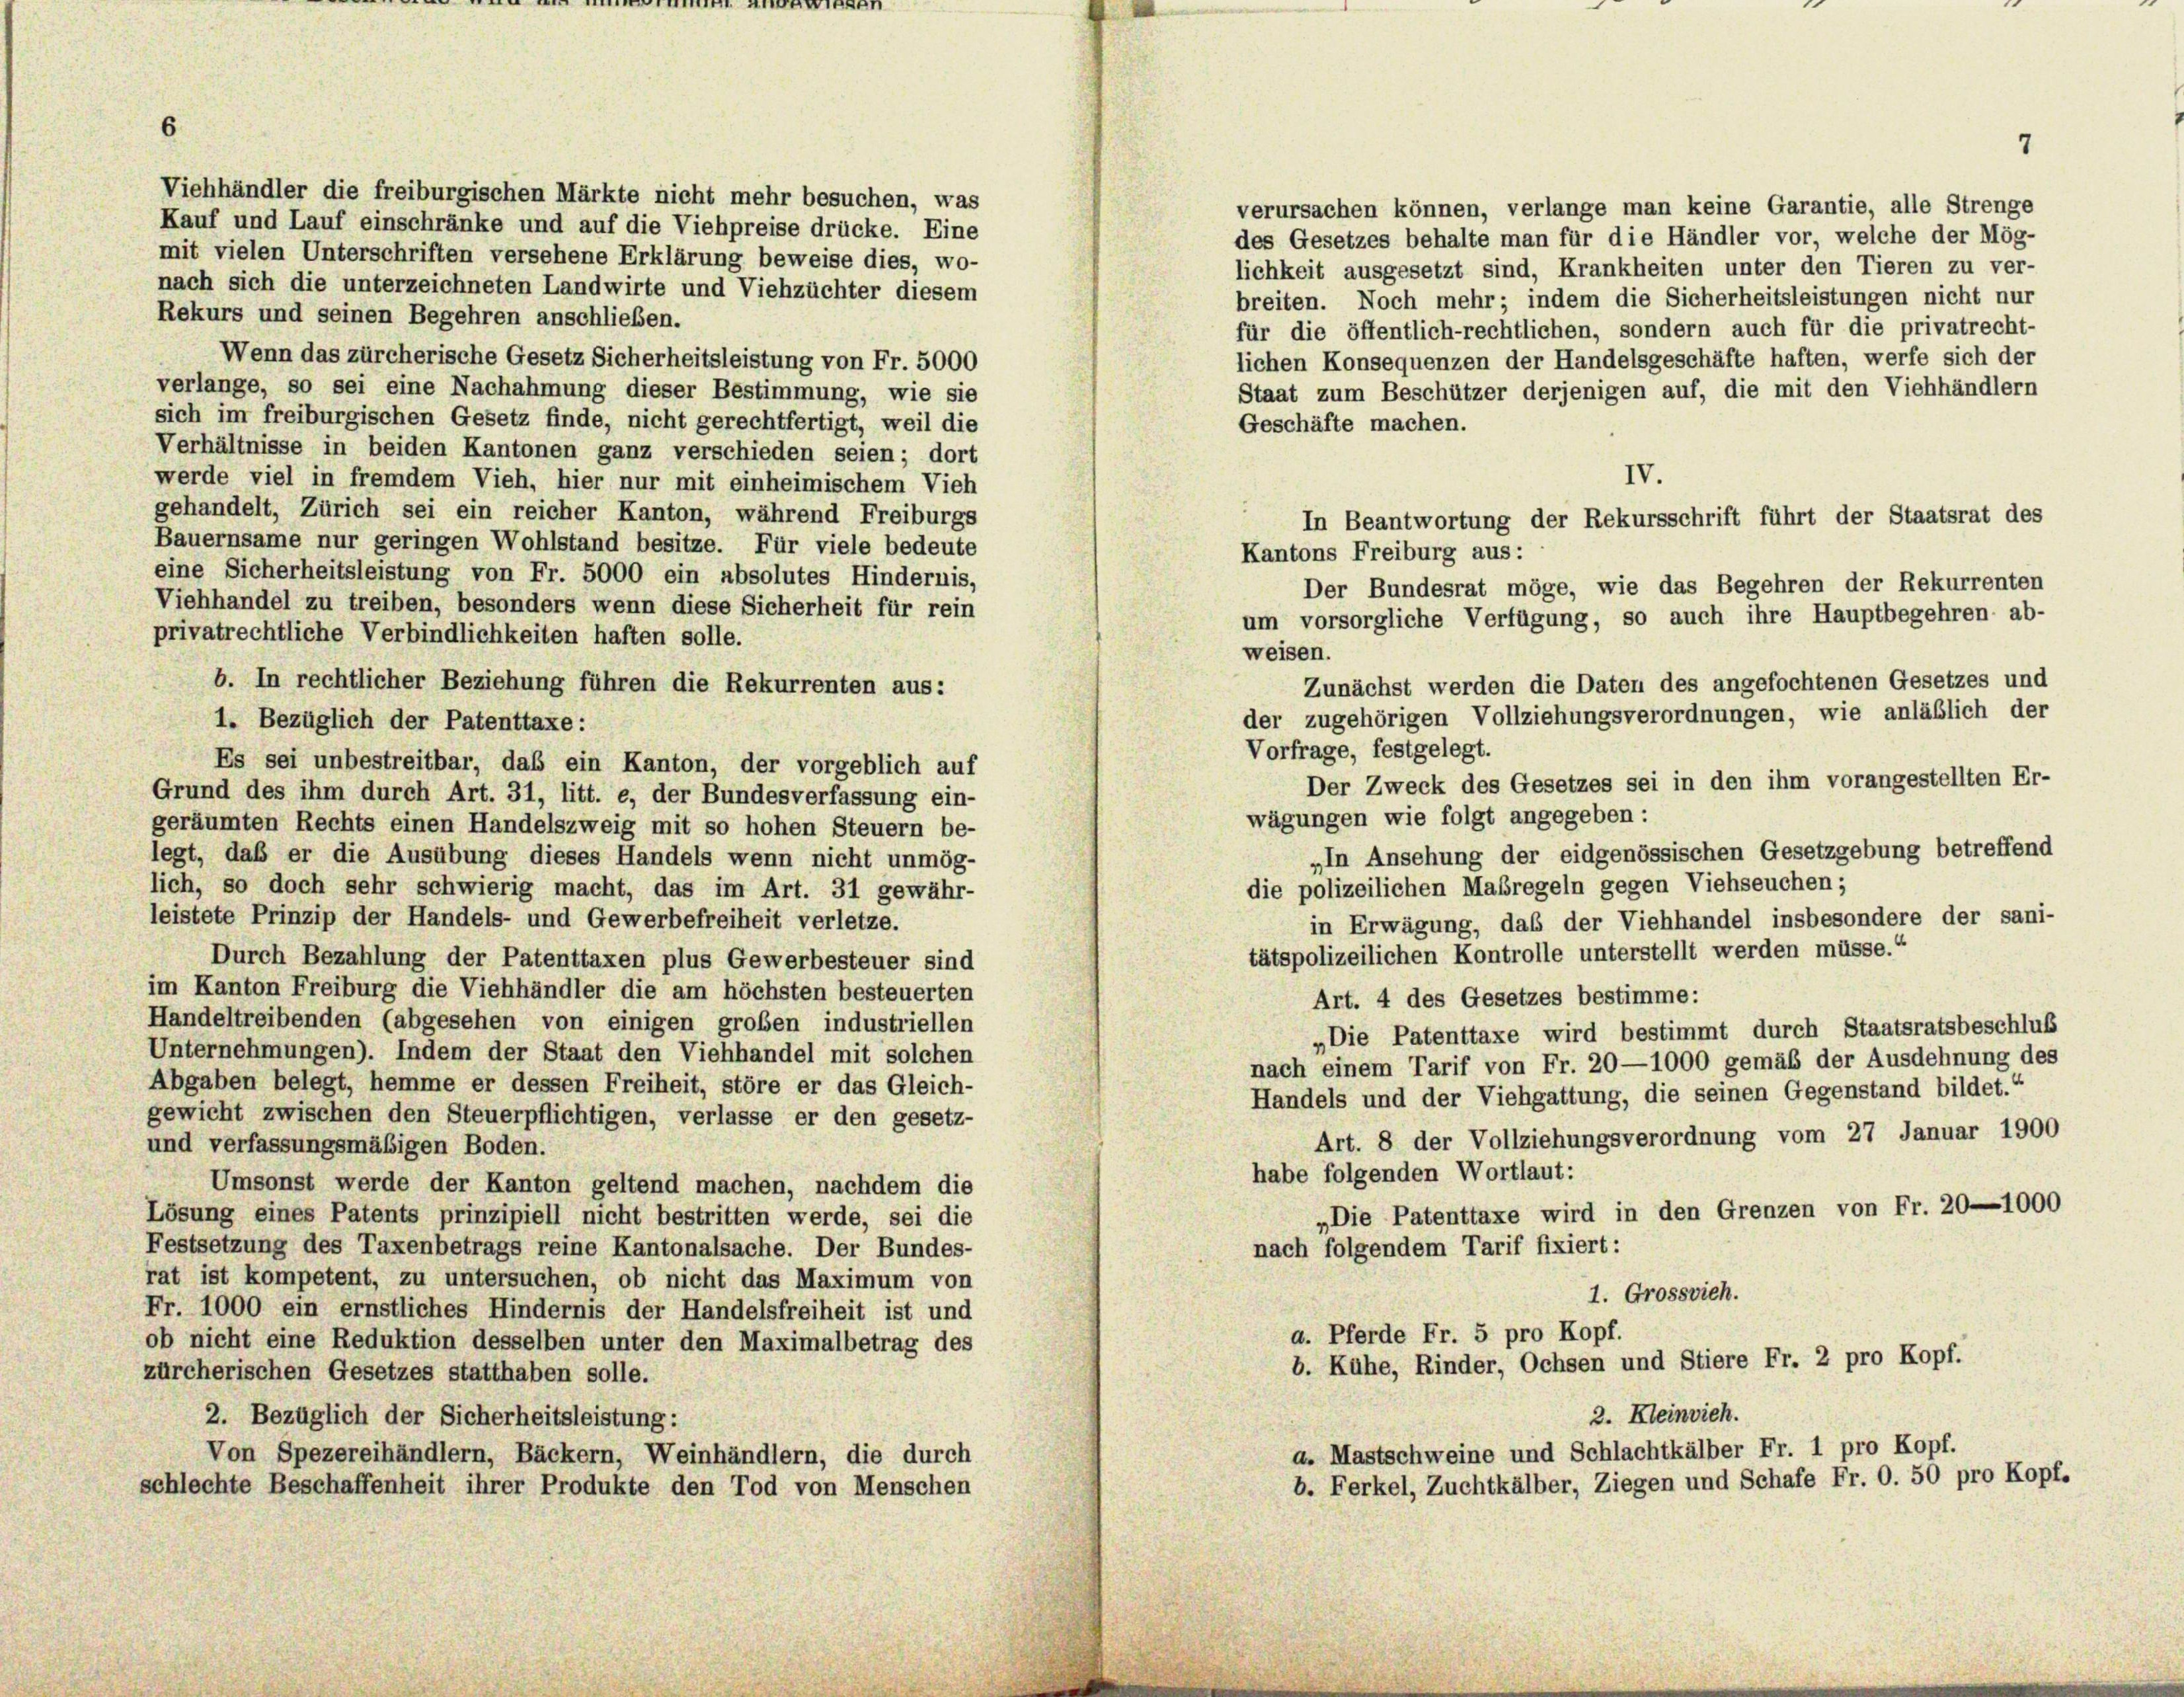
6

Viehhändler die freiburgischen Märkte nicht mehr besuchen, was
verursachen können, verlange man keine Garantie, alle Strenge
Kauf und Lauf einschränke und auf die Viehpreise drücke. Eine
des Gesetzes behalte man für die Händler vor, welche der Mög-
mit vielen Unterschriften versehene Erklärung beweise dies, wo-
lichkeit ausgesetzt sind, Krankheiten unter den Tieren zu ver-
nach sich die unterzeichneten Landwirte und Viehzüchter diesem
breiten. Noch mehr; indem die Sicherheitsleistungen nicht nur
Rekurs und seinen Begehren anschließen.
für die öffentlich-rechtlichen, sondern auch für die privatrecht-
Wenn das zürcherische Gesetz Sicherheitsleistung von Fr. 5000
lichen Konsequenzen der Handelsgeschäfte haften, werfe sich der
verlange, so sei eine Nachahmung dieser Bestimmung, wie sie
Staat zum Beschützer derjenigen auf, die mit den Viehhändlern
sich im freiburgischen Gesetz finde, nicht gerechtfertigt, weil die
Geschäfte machen.
Verhältnisse in beiden Kantonen ganz verschieden seien; dort
IV.
werde viel in fremdem Vieh, hier nur mit einheimischem Vieh
gehandelt, Zürich sei ein reicher Kanton, während Freiburgs
Bauernsame nur geringen Wohlstand besitze. Für viele bedeute
eine Sicherheitsleistung von Fr. 5000 ein absolutes Hindernis,
Der Bundesrat möge, wie das Begehren der Rekurrenten
Viehhandel zu treiben, besonders wenn diese Sicherheit für rein
um vorsorgliche Verfügung, so auch ihre Hauptbegehren ab-
privatrechtliche Verbindlichkeiten haften solle.
weisen.
b. In rechtlicher Beziehung führen die Rekurrenten aus:
Zunächst werden die Daten des angefochtenen Gesetzes und
der zugehörigen Vollziehungsverordnungen, wie anläßlich der
1. Bezüglich der Patenttaxe :
Vorfrage, festgelegt.
Es sei unbestreitbar, daß ein Kanton, der vorgeblich auf
Der Zweck des Gesetzes sei in den ihm vorangestellten Er-
Grund des ihm durch Art. 31, litt. e, der Bundesverfassung ein-
wägungen wie folgt angegeben:
geräumten Rechts einen Handelszweig mit so hohen Steuern be-
„In Ansehung der eidgenössischen Gesetzgebung betreffend
legt, daß er die Ausübung dieses Handels wenn nicht unmög-
die polizeilichen Maßregeln gegen Viehseuchen;
lich, so doch sehr schwierig macht, das im Art. 31 gewähr-
leistete Prinzip der Handels- und Gewerbefreiheit verletze.
in Erwägung, daß der Viehhandel insbesondere der sani-
tätspolizeilichen Kontrolle unterstellt werden müsse.“
Durch Bezahlung der Patenttaxen plus Gewerbesteuer sind
im Kanton Freiburg die Viehhändler die am höchsten besteuerten
Art. 4 des Gesetzes bestimme:
Handeltreibenden (abgesehen von einigen großen industriellen
„Die Patenttaxe wird bestimmt durch Staatsratsbeschluß
Unternehmungen). Indem der Staat den Viehhandel mit solchen
nach einem Tarif von Fr. 20—1000 gemäß der Ausdehnung des
Abgaben belegt, hemme er dessen Freiheit, störe er das Gleich-
Handels und der Viehgattung, die seinen Gegenstand bildet.“
gewicht zwischen den Steuerpflichtigen, verlasse er den gesetz-
Art. 8 der Vollziehungsverordnung vom 27 Januar 1900
und verfassungsmäßigen Boden.
habe folgenden Wortlaut:
Umsonst werde der Kanton geltend machen, nachdem die
„Die Patenttaxe wird in den Grenzen von Fr. 20—1000
Lösung eines Patents prinzipiell nicht bestritten werde, sei die
Festsetzung des Taxenbetrags reine Kantonalsache. Der Bundes-
nach folgendem Tarif fixiert:
rat ist kompetent, zu untersuchen, ob nicht das Maximum von
1. Grossvieh.
Fr. 1000 ein ernstliches Hindernis der Handelsfreiheit ist und
a. Pferde Fr. 5 pro Kopf.
ob nicht eine Reduktion desselben unter den Maximalbetrag des
b. Kühe, Rinder, Ochsen und Stiere Fr. 2 pro Kopf.
zürcherischen Gesetzes statthaben solle.
2. Kleinvieh.
2. Bezüglich der Sicherheitsleistung:
a. Mastschweine und Schlachtkälber Fr. 1 pro Kopf.
Von Spezereihändlern, Bäckern, Weinhändlern, die durch
b. Ferkel, Zuchtkälber, Ziegen und Schafe Fr. O. 50 pro Kopf.
schlechte Beschaffenheit ihrer Produkte den Tod von Menschen

Kantons Freiburg aus:

In Beantwortung der Rekursschrift führt der Staatsrat des